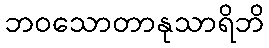
ဘဝသောတာနုသာရိဘိ